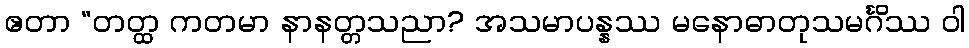
ဧတာ “တတ္ထ ကတမာ နာနတ္တသညာ? အသမာပန္နဿ မနောဓာတုသမင်္ဂိဿ ဝါ